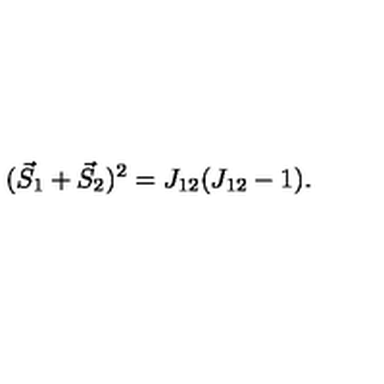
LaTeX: ( \vec { S } _ { 1 } + \vec { S } _ { 2 } ) ^ { 2 } = J _ { 1 2 } ( J _ { 1 2 } - 1 ) .